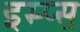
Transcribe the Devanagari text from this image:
इम्प्स